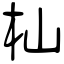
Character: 杣